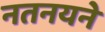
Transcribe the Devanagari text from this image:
नतनयने